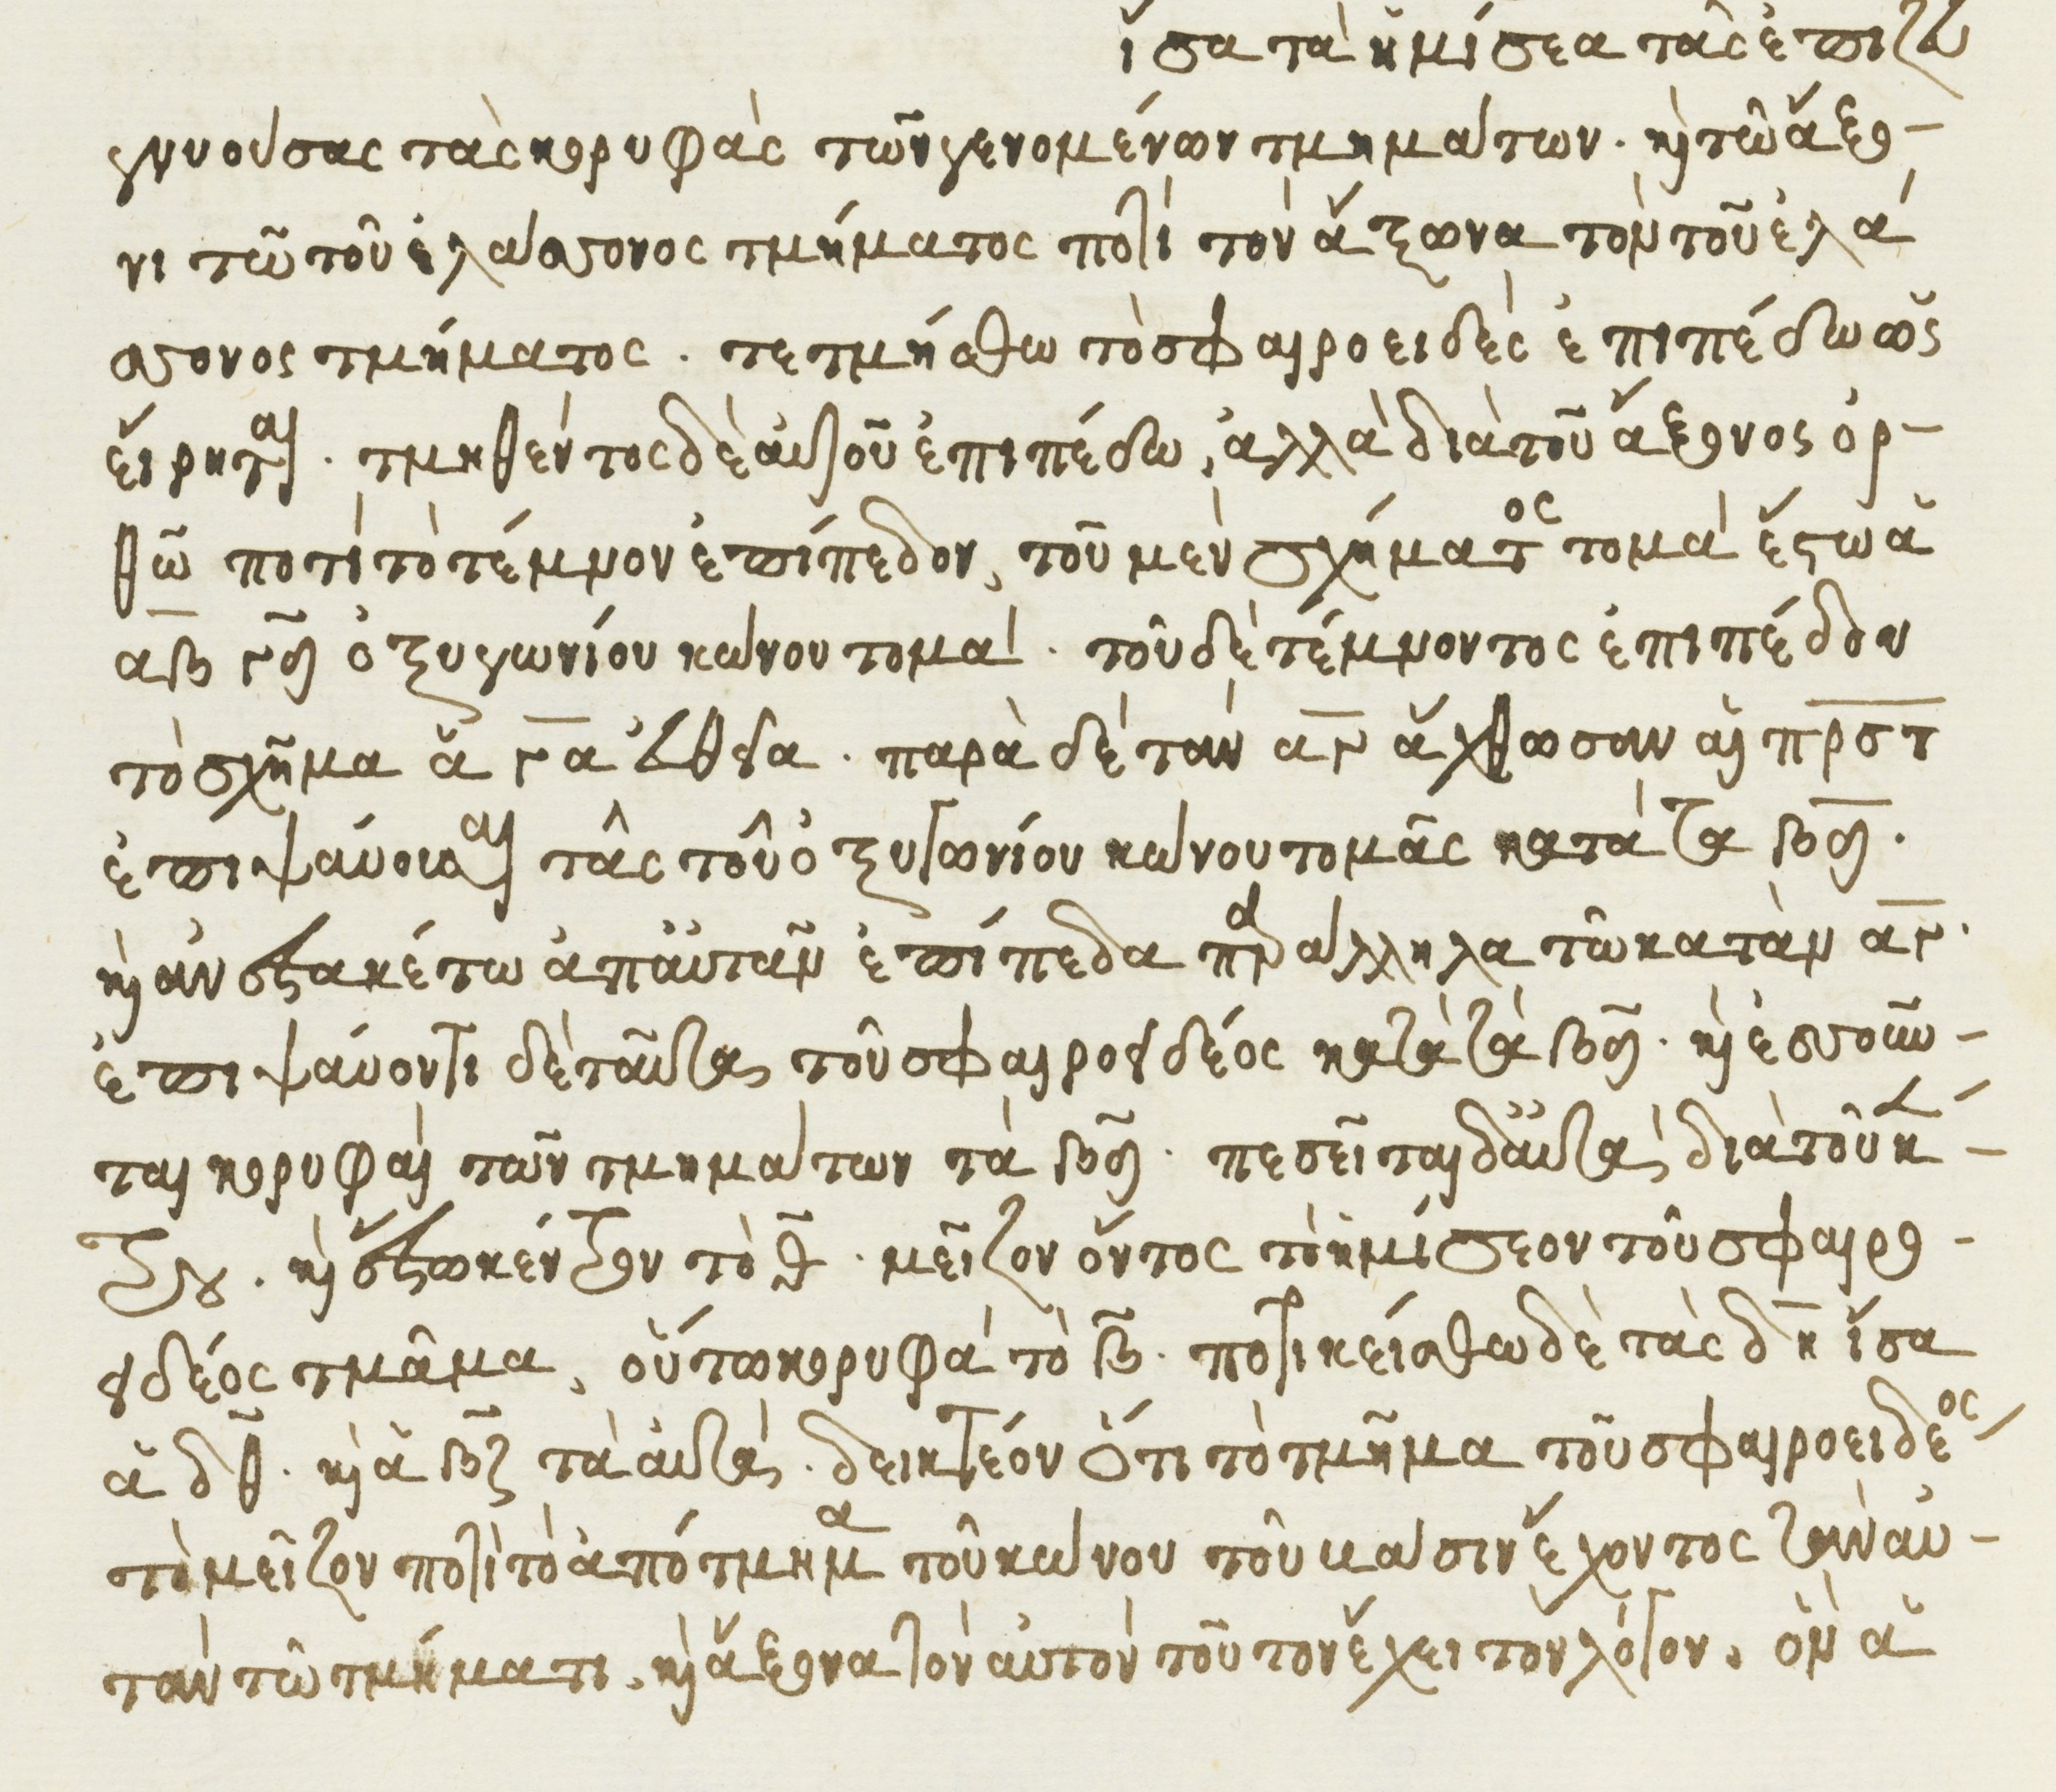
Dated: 1541–1541